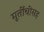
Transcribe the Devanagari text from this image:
मूर्तीचीसह